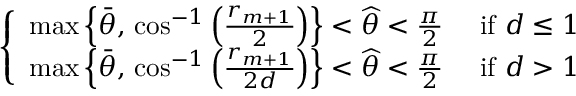
\left\{ \begin{array} { l l } { \operatorname* { m a x } \left\{ \bar { \theta } , \, \cos ^ { - 1 } \left( \frac { r _ { m + 1 } } { 2 } \right) \right\} < \widehat { \theta } < \frac { \pi } { 2 } } & { \mathrm { ~ i f ~ } d \leq 1 } \\ { \operatorname* { m a x } \left\{ \bar { \theta } , \, \cos ^ { - 1 } \left( \frac { r _ { m + 1 } } { 2 d } \right) \right\} < \widehat { \theta } < \frac { \pi } { 2 } } & { \mathrm { ~ i f ~ } d > 1 } \end{array} \right.